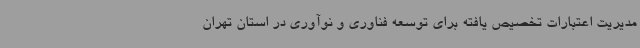
مدیریت اعتبارات تخصیص یافته برای توسعه فناوری و نوآوری در استان تهران